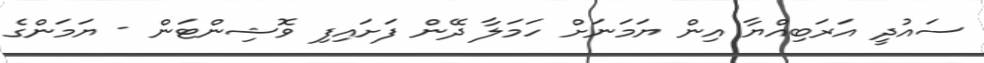
ސައުދީ އަރަބިއްޔާ އިން ޔަމަނަށް ހަމަލާ ދޭން ފަށައިފި ވޮޝިންޓަން - ޔަމަންގެ